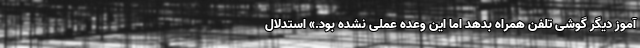
آموز دیگر گوشی تلفن همراه بدهد اما این وعده عملی نشده بود.» استدلال